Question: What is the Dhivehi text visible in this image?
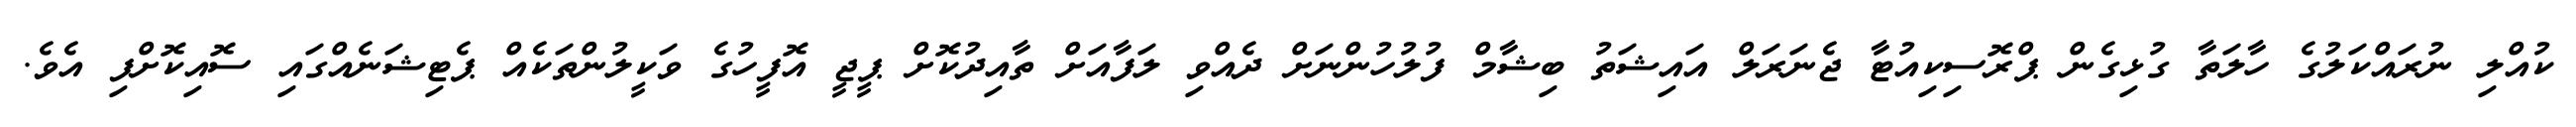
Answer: ކުއްލި ނުރައްކަލުގެ ހާލަތާ ގުޅިގެން ޕްރޮސިކިއުޓާ ޖެނަރަލް އައިޝަތު ބިޝާމް ފުލުހުންނަށް ދެއްވި ލަފާއަށް ތާއިދުކޮށް ޕީޖީ އޮފީހުގެ ވަކީލުންތަކެއް ޕެޓިޝަނެއްގައި ސޮއިކޮށްފި އެވެ.